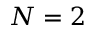
N = 2